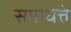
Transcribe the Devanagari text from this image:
समाधत्ते